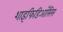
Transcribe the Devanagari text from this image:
शाइफिडिऑसिस